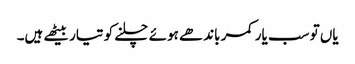
یاں تو سب یار کمر باندھے ہوئے چلنے کو تیار بیٹھے ہیں۔